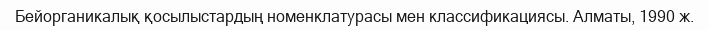
Бейорганикалық қосылыстардың номенклатурасы мен классификациясы. Алматы, 1990 ж.